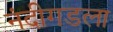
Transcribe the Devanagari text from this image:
नंदीगडला